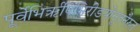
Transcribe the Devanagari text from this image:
पूर्वेभिर्ऋषिभिरीडयोनूतनैरुत